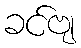
ခင်ဗျ